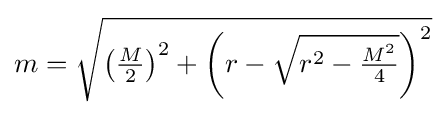
{}m={\sqrt {\left({\tfrac {M}{2}}\right)^{2}+\left(r-{\sqrt {r^{2}-{\tfrac {M^{2}}{4}}}}\right)^{2}}}